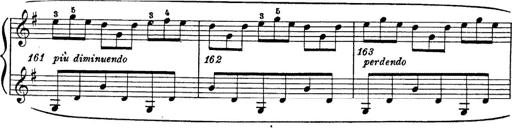
Title: 6 Polish Songs
Composer: Franz Liszt